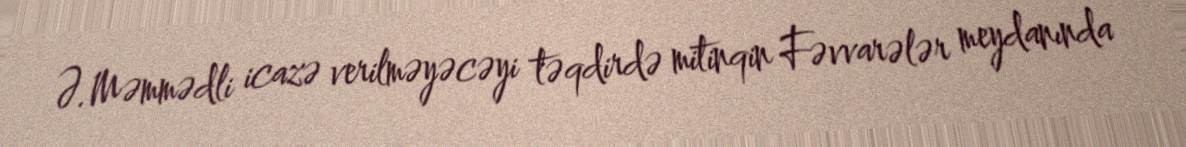
Ə.Məmmədli icazə verilməyəcəyi təqdirdə mitinqin Fəvvarələr meydanında